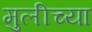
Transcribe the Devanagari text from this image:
मुलीच्‍या